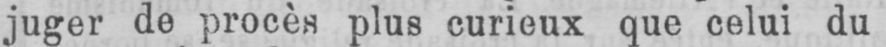
juger de procès plus curieux que celui du